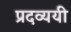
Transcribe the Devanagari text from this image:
प्रदव्ययी